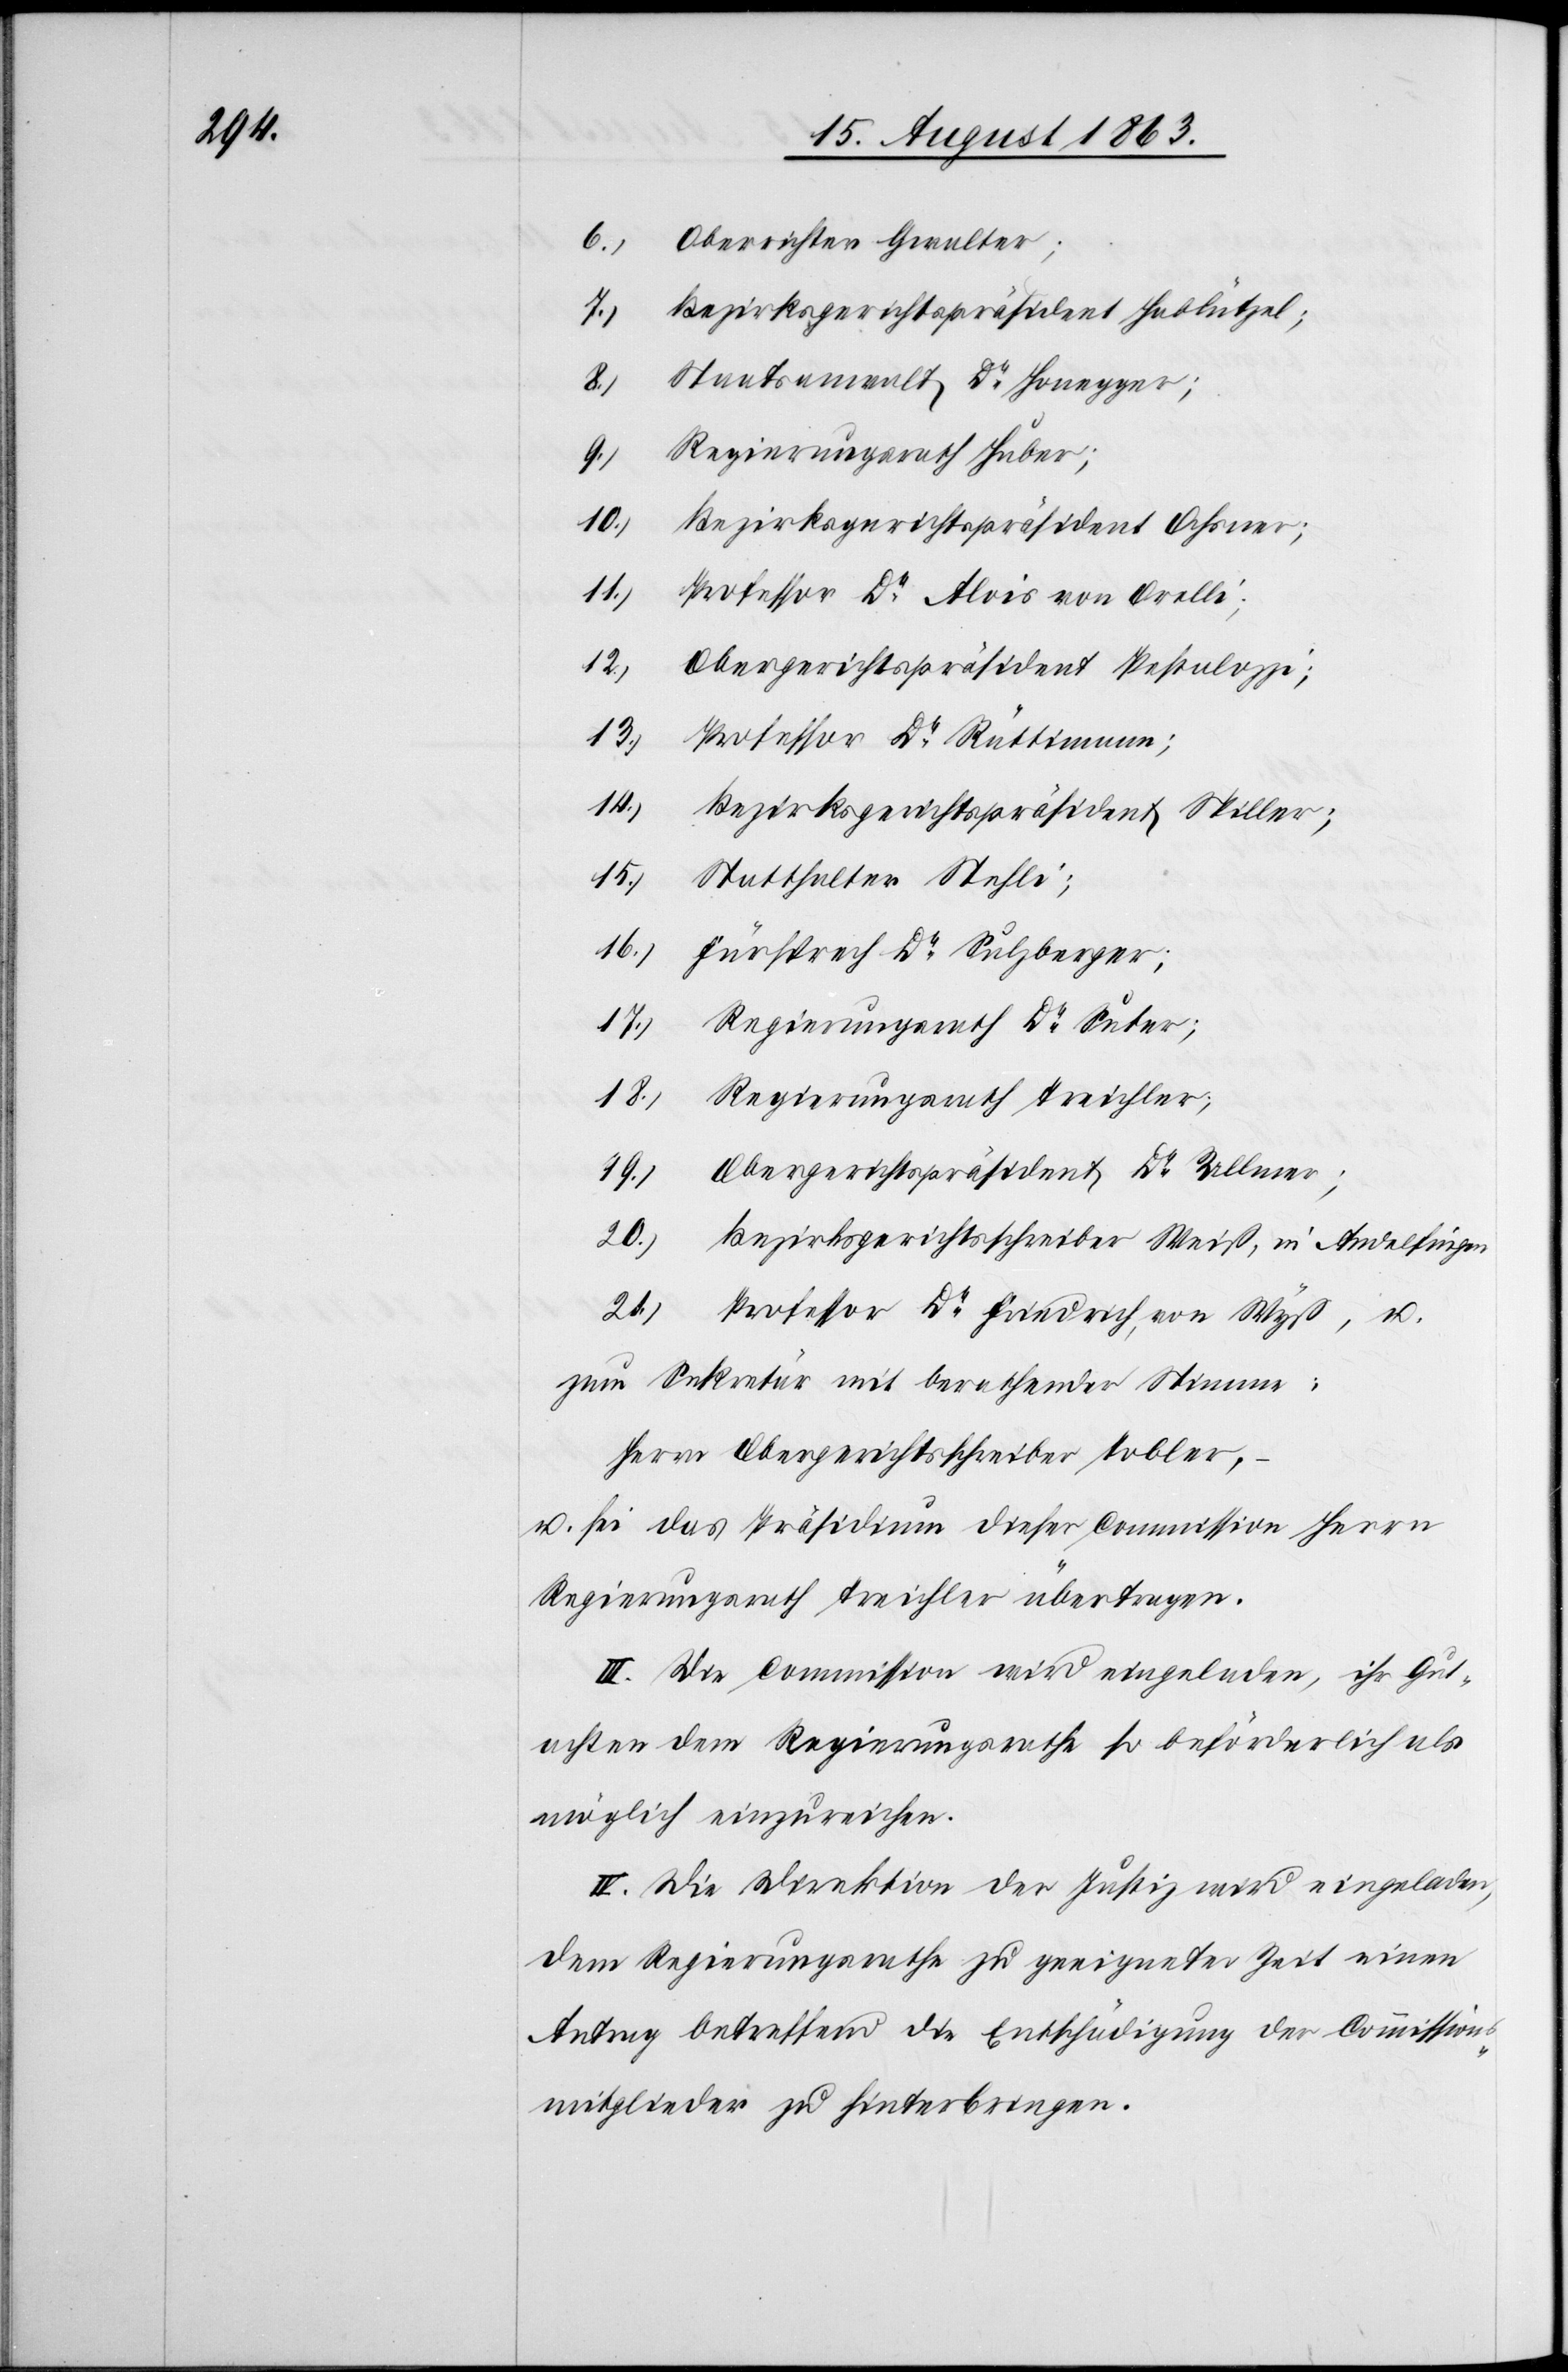
6.) Oberrichter Gwalter;
7.) Bezirksgerichtspräsident Hablützel;
8.) Staatsanwalt Dr Honegger;
9.) Regierungsrath Huber;
10.) Bezirksgerichtspräsident Ochsner;
11.) Professor Dr Alois von Orelli;
Obergerichtspräsident Pestalozzi;
13.)
Professor Dr Rüttimann;
14.)
Bezirksgerichtspräsident Spiller;
18.)
Statthalter Stehli;
16.)
Fürsprech Dr Sulzberger;
17.)
Regierungsrath Dr Suter;
Regierungsrath Treichler;
Obergerichtspräsident Dr Ullmer;
19.)
20.)
Bezirksgerichtsschreiber Weiß, in Andelfingen
21.)
Professor Dr Friedrich, von Wyß, u.
zum Sekretär mit berathender Stimme:
Herr Obergerichtsschreiber Tobler,
u. sei das Präsidium dieser Commission Herrn
Regierungsrath Treichler übertragen.
III. Die Commission wird eingeladen, ihr Gut¬
achten dem Regierungsrathe so beförderlich als
möglich einzureichen.
IV. Die Direktion der Justiz wird eingeladen,
dem Regierungsrathe zu geeigneter Zeit einen
Antrag betreffend die Entschädigung der Commission¬
smitglieder zu hinterbringen.